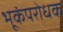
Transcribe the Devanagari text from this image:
भूकंपरोधक